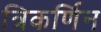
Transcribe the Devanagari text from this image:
त्रिकर्णिन